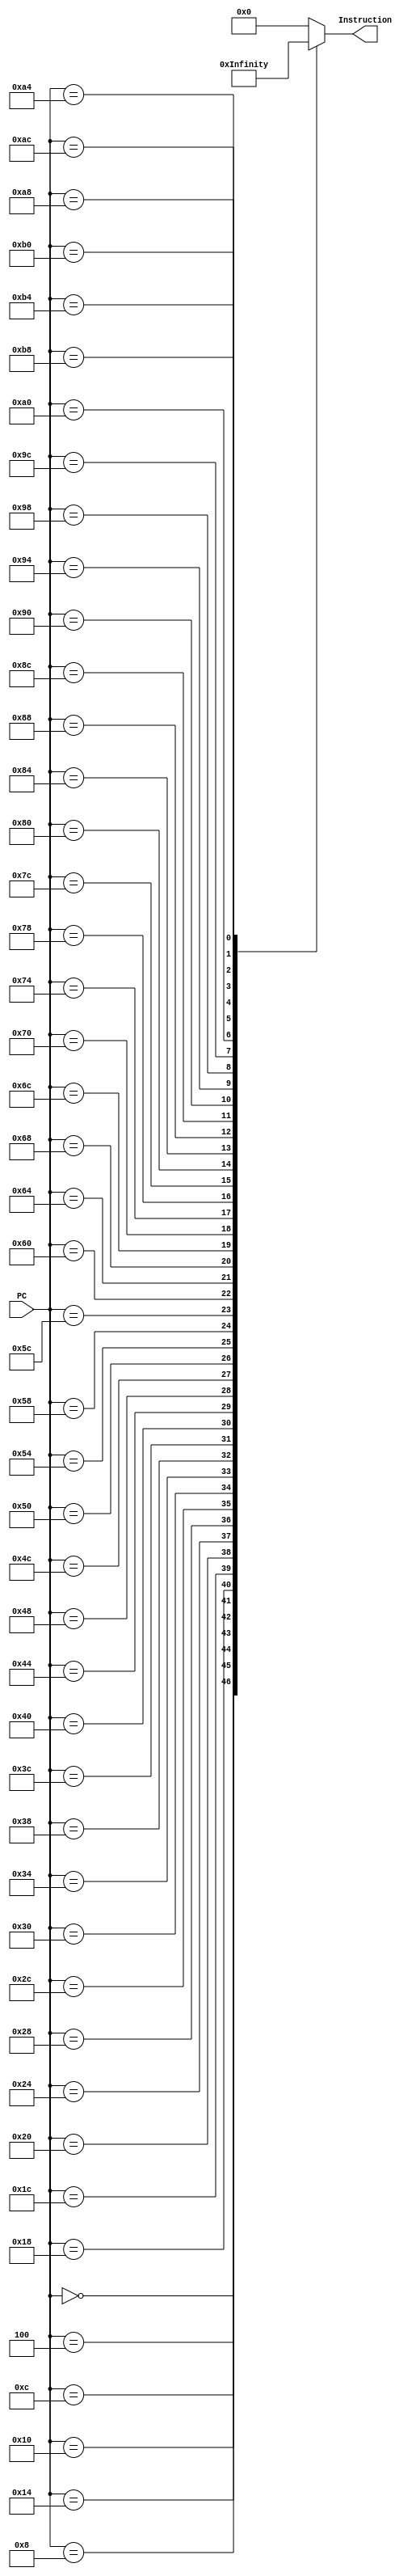
module InstructionMeM(input [31:0]  PC, output reg [31:0] Instruction);
  always @(PC) begin
    case (PC)
      0: Instruction <= 32'b11100011101000000000000000010100;
      4: Instruction <= 32'b11100011101000000001101000000001;
      8: Instruction <= 32'b11100011101000000010000100000011;
      12: Instruction <= 32'b11100000100100100011000000000010;
      16: Instruction <= 32'b11100000101000000100000000000000;
      20: Instruction <= 32'b11100000010001000101000100000100;
      24: Instruction <= 32'b11100000110000000110000010100000;
      28: Instruction <= 32'b11100001100001010111000101000010;
      32: Instruction <= 32'b11100000000001111000000000000011;
      36: Instruction <= 32'b11100001111000001001000000000110;
      40: Instruction <= 32'b11100000001001001010000000000101;
      44: Instruction <= 32'b11100001010110000000000000000110;
      48: Instruction <= 32'b00010000100000010001000000000001;
      52: Instruction <= 32'b11100001000110010000000000001000;
      56: Instruction <= 32'b00000000100000100010000000000010;
      60: Instruction <= 32'b11100011101000000000101100000001;
      64: Instruction <= 32'b11100100100000000001000000000000;
      68: Instruction <= 32'b11100100100100001011000000000000;
      72: Instruction <= 32'b11100100100000000010000000000100;
      76: Instruction <= 32'b11100100100000000011000000001000;
      80: Instruction <= 32'b11100100100000000100000000001101;
      84: Instruction <= 32'b11100100100000000101000000010000;
      88: Instruction <= 32'b11100100100000000110000000010100;
      92: Instruction <= 32'b11100100100100001010000000000100;
      96: Instruction <= 32'b11100100100000000111000000011000;
      100: Instruction <= 32'b11100011101000000001000000000100;
      104: Instruction <= 32'b11100011101000000010000000000000;
      108: Instruction <= 32'b11100011101000000011000000000000;
      112: Instruction <= 32'b11100000100000000100000100000011;
      116: Instruction <= 32'b11100100100101000101000000000000;
      120: Instruction <= 32'b11100100100101000110000000000100;
      124: Instruction <= 32'b11100001010101010000000000000110;
      128: Instruction <= 32'b11000100100001000110000000000000;
      132: Instruction <= 32'b11000100100001000101000000000100;
      136: Instruction <= 32'b11100010100000110011000000000001;
      140: Instruction <= 32'b11100011010100110000000000000011;
      144: Instruction <= 32'b10111010111111111111111111110111;
      148: Instruction <= 32'b11100010100000100010000000000001;
      152: Instruction <= 32'b11100001010100100000000000000001;
      156: Instruction <= 32'b10111010111111111111111111110011;
      160: Instruction <= 32'b11100100100100000001000000000000;
      164: Instruction <= 32'b11100100100100000010000000000100;
      168: Instruction <= 32'b11100100100100000011000000001000;
      172: Instruction <= 32'b11100100100100000100000000001100;
      176: Instruction <= 32'b11100100100100000101000000010000;
      180: Instruction <= 32'b11100100100100000110000000010100;
      184: Instruction <= 32'b11101010111111111111111111111111;
      default: Instruction <= 32'b00000000000000000000000000000000;
    endcase
  end
endmodule